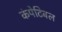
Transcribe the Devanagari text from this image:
कंपेटिबल